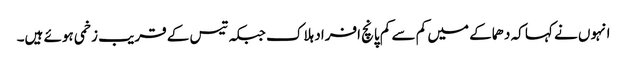
انہوں نے کہا کہ دھماکے میں کم سے کم پانچ افراد ہلاک جبکہ تیس کے قریب زخمی ہوئے ہیں۔